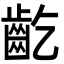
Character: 齕